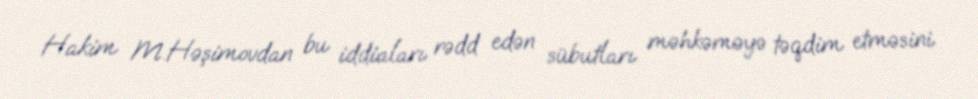
Hakim M.Həşimovdan bu iddiaları rədd edən sübutları məhkəməyə təqdim etməsini